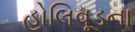
હોલિવૂડના